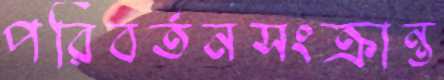
পরিবর্তনসংক্রান্ত